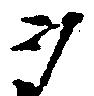
ウ